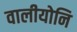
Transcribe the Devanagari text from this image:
वालीयोनि